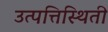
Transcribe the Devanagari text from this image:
उत्पत्तिस्थिती